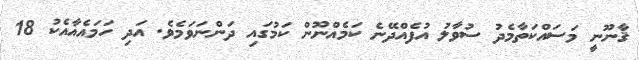
ޤާނޫނީ މަސައްކަތާމެދު ސުވާލު އުފެއްދޭނެ ކަމެއްނޫން ކަމުގައި ދަންނަވަމެވެ. އަދި ހަމައެއާއެކު 18